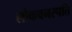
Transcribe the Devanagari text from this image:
लोकवनस्पति